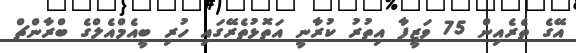
އޭގެ ތެރެއިން 75 ވަޒީފާ އިތުރު ކުރާނީ އަތޮޅުތެރޭގައި ހުރި ބީއެމްއެލްގެ ބްރާންޗް